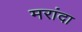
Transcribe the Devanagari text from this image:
मरांदा